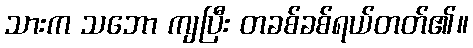
သားက သဘော ကျပြီး တခစ်ခစ်ရယ်တတ်၏။